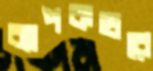
ব্যাপকহারে